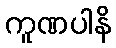
ကူဏပါနိ